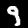
Digit: 9